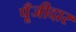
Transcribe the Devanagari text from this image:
पूँजीदार